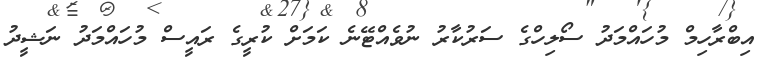
އިބްރާހިމް މުހައްމަދު ސޯލިހްގެ ސަރުކާރު ނުވެއްޓޭނެ ކަމަށް ކުރީގެ ރައީސް މުހައްމަދު ނަޝީދު